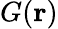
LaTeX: G(\mathbf{r})